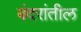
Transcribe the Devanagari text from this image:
बंदरांतील